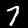
Label: 7